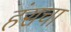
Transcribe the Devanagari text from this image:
हंसचा